Vaccination in the Punjab 1919-1929 - 1919-1929
Year: 1919
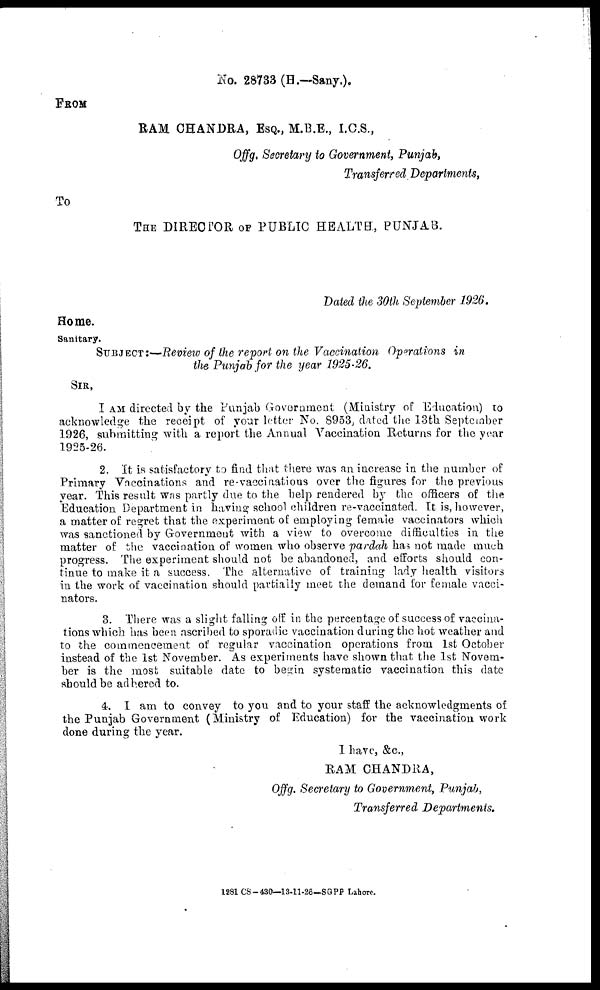
No. 28733 (H.—Sany.).
FROM
RAM CHANDRA, ESQ., M.B.E., I.C.S.,
Offg. Secretary to Government, Punjab,
Transferred Departments,
To
THE DIRECTOR OF PUBLIC HEALTH, PUNJAB.
Dated the 30th September 1926.
Home.
Sanitary.
SUBJECT:—Review of the report on the Vaccination Operations in
the Punjab for the year 1925-26.
SIR,
I AM directed by the Punjab Government (Ministry of Education) to
acknowledge the receipt of your letter No. 8953, dated the 13th September
1926, submitting with a report the Annual Vaccination Returns for the year
1925-26.
2. It is satisfactory to find that there was an increase in the number of
Primary Vaccinations and re-vaccinations over the figures for the previous
year. This result was partly due to the help rendered by the officers of the
Education Department in having school children re-vaccinated. It is, however,
a matter of regret that the experiment of employing female vaccinators which
was sanctioned by Government with a view to overcome difficulties in the
matter of the vaccination of women who observe pardah has not made much
progress. The experiment should not be abandoned, and efforts should con-
tinue to make it a success. The alternative of training lady health visitors
in the work of vaccination should partially meet the demand for female vacci-
nators.
3. There was a slight falling off in the percentage of success of vaccina-
tions which has been ascribed to sporadic vaccination during the hot weather and
to the commencement of regular vaccination operations from 1st October
instead of the 1st November. As experiments have shown that the 1st Novem-
ber is the most suitable date to begin systematic vaccination this date
should be adhered to.
4. I am to convey to you and to your staff the acknowledgments of
the Punjab Government (Ministry of Education) for the vaccination work
done during the year.
I have, &c.,
RAM CHANDRA,
Offg. Secretary to Government, Punjab,
Transferred Departments.
1281 CS-430—13-11-26—SGPP Lahore.